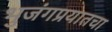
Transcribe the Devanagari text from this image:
भुजंगप्रयातचा